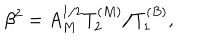
LaTeX: \beta ^ { 2 } = A _ { M } ^ { 1 / 2 } T _ { 2 } ^ { ( M ) } / T _ { 1 } ^ { ( B ) } ,